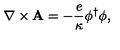
{ \bf \nabla } \times { \bf A } = - \frac { e } { \kappa } \phi ^ { \dagger } \phi ,